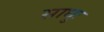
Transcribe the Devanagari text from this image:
साधुः